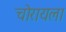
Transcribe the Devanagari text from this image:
चोरायला